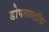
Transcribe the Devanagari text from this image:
डोपलब्लॉक